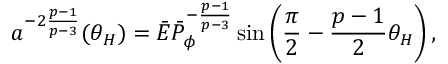
a ^ { - 2 { \frac { p - 1 } { p - 3 } } } ( \theta _ { H } ) = \bar { \cal E } \bar { \cal P } _ { \phi } ^ { - { \frac { p - 1 } { p - 3 } } } \sin \left( { \frac { \pi } { 2 } } - { \frac { p - 1 } { 2 } } \theta _ { H } \right) ,